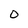
Character: 0